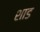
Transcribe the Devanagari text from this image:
शाड